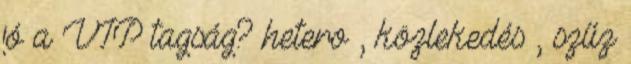
jó a VIP tagság? hetero , közlekedés , szűz